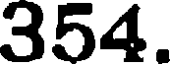
354.